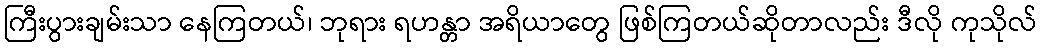
ကြီးပွားချမ်းသာ နေကြတယ်၊ ဘုရား ရဟန္တာ အရိယာတွေ ဖြစ်ကြတယ်ဆိုတာလည်း ဒီလို ကုသိုလ်